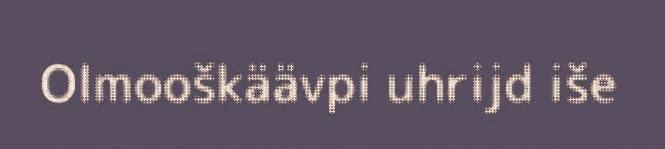
Olmooškäävpi uhrijd iše